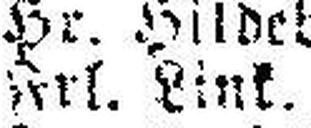
Frl. Zink.